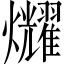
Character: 𤓛